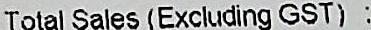
TOTAL SALES (EXCLUDING GST) :